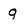
Character: g